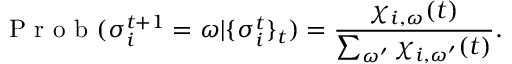
\mathrm { ~ P ~ r ~ o ~ b ~ } ( \sigma _ { i } ^ { t + 1 } = \omega | \{ \sigma _ { i } ^ { t } \} _ { t } ) = \frac { \chi _ { i , \omega } ( t ) } { \sum _ { \omega ^ { \prime } } \chi _ { i , { \omega ^ { \prime } } } ( t ) } .